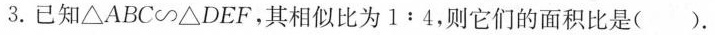
3.已知△ABC \backsim △DEF，其相似比为1:4，则它们的面积比是（）。